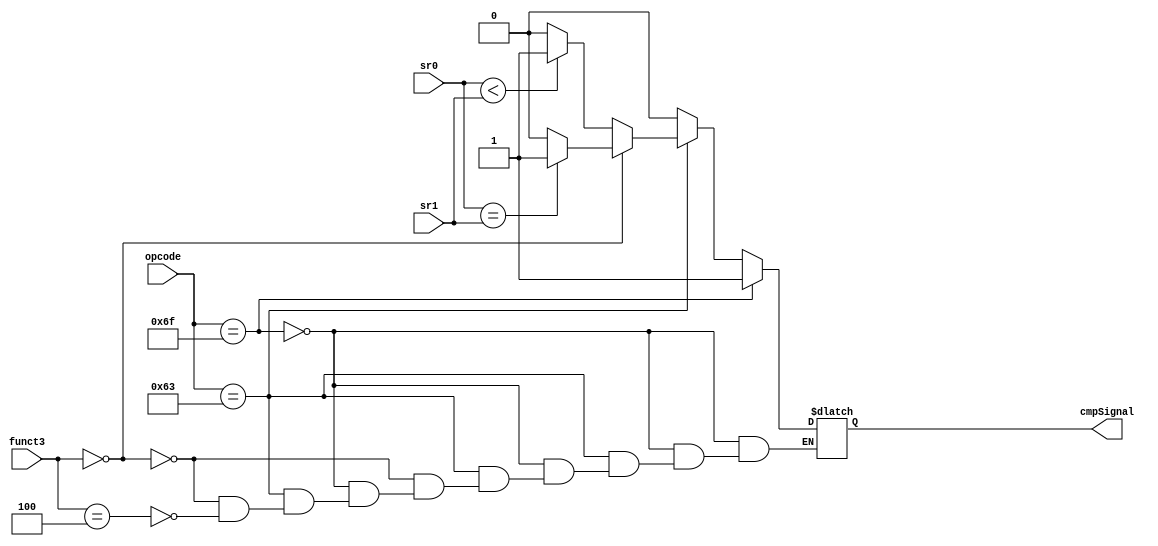
`timescale 1ns / 1ps
//////////////////////////////////////////////////////////////////////////////////
// Company: 
// Engineer: 
// 
// Design Name: 
// Module Name: compare
// Project Name: 
// Target Devices: 
// Tool Versions: 
// Description: 
// 
// Dependencies: 
// 
// Revision:
// Revision 0.01 - File Created
// Additional Comments:
// 
//////////////////////////////////////////////////////////////////////////////////


module compare(

    input[31:0]sr0,
    input[31:0]sr1,
    input[2:0]funct3,
    input[6:0]opcode,
    
    output reg[0:0]cmpSignal
);

    parameter JAL = 7'b1101111;
    parameter BEQ = 7'b1100011;
    parameter BEQ_3=3'b000;
    parameter BLT_3=3'b100;

    always @(*) begin
        if(opcode==JAL)begin
            cmpSignal=1;
        end else if (opcode==BEQ)begin
            if(funct3==BEQ_3)begin
                cmpSignal=(sr0==sr1)?1:0;
            end else if(funct3==BLT_3)begin
                cmpSignal=(sr0<sr1)?1:0;
            end
        end else begin
            cmpSignal=0;
        end
    end

endmodule